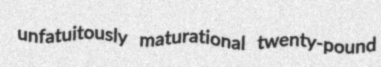
unfatuitously maturational twenty-pound